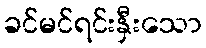
ခင်မင်ရင်းနှီးသော